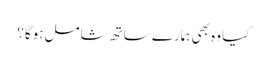
کیا وہ بھی ہمارے ساتھ شامل ہوگا؟